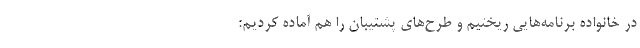
در خانواده برنامه‌هایی ‌ریختیم و طرح‌های پشتیبان را هم آماده کردیم: